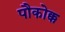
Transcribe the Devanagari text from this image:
पौकोक्क